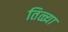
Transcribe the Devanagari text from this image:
तिळ्या